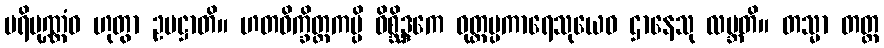
ပရိပုဏ္ဏံဝ ဟုတွာ ဥပဋ္ဌာတိ။ ဟတဝိက္ခိတ္တကမ္ပိ ဝိစ္ဆိဒ္ဒကေ ဝုတ္တပ္ပကာရေသုယေဝ ဌာနေသု လဗ္ဘတိ။ တသ္မာ တတ္ထ